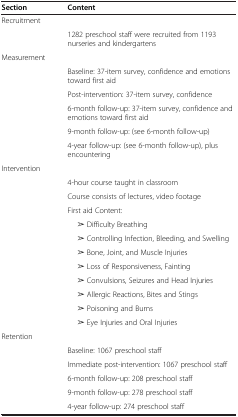
<table><thead><tr><td><b>Section</b></td><td><b>Content</b></td></tr></thead><tbody><tr><td>Recruitment</td><td> </td></tr><tr><td> </td><td>1282 preschool staff were recruited from 1193 nurseries and kindergartens</td></tr><tr><td>Measurement</td><td> </td></tr><tr><td> </td><td>Baseline: 37-item survey, confidence and emotions toward first aid</td></tr><tr><td> </td><td>Post-intervention: 37-item survey, confidence</td></tr><tr><td> </td><td>6-month follow-up: 37-item survey, confidence and emotions toward first aid</td></tr><tr><td> </td><td>9-month follow-up: (see 6-month follow-up)</td></tr><tr><td> </td><td>4-year follow-up: (see 6-month follow-up), plus encountering</td></tr><tr><td>Intervention</td><td> </td></tr><tr><td> </td><td>4-hour course taught in classroom</td></tr><tr><td> </td><td>Course consists of lectures, video footage</td></tr><tr><td> </td><td>First aid Content:</td></tr><tr><td> </td><td>➢ Difficulty Breathing</td></tr><tr><td> </td><td>➢ Controlling Infection, Bleeding, and Swelling</td></tr><tr><td> </td><td>➢ Bone, Joint, and Muscle Injuries</td></tr><tr><td> </td><td>➢ Loss of Responsiveness, Fainting</td></tr><tr><td> </td><td>➢ Convulsions, Seizures and Head Injuries</td></tr><tr><td> </td><td>➢ Allergic Reactions, Bites and Stings</td></tr><tr><td> </td><td>➢ Poisoning and Burns</td></tr><tr><td> </td><td>➢ Eye Injuries and Oral Injuries</td></tr><tr><td>Retention</td><td> </td></tr><tr><td> </td><td>Baseline: 1067 preschool staff</td></tr><tr><td> </td><td>Immediate post-intervention: 1067 preschool staff</td></tr><tr><td> </td><td>6-month follow-up: 208 preschool staff</td></tr><tr><td> </td><td>9-month follow-up: 278 preschool staff</td></tr><tr><td> </td><td>4-year follow-up: 274 preschool staff</td></tr></tbody></table>